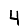
Digit: 4